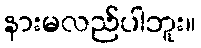
နားမလည်ပါဘူး။